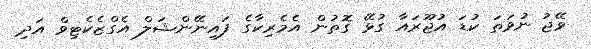
ވޭޖު ނުވަތަ ކުޑަ އުޖޫރައާ ގުޅޭ ގޮތުން އެމެރިކާގެ ފައިނޭންޝަލް އެގްޒެކެޓިވް އަދި